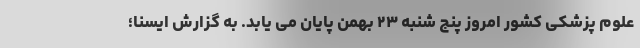
علوم پزشکی کشور امروز پنج شنبه ۲۳ بهمن پایان می یابد. به گزارش ایسنا؛